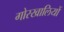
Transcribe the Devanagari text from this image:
गोरखालियों